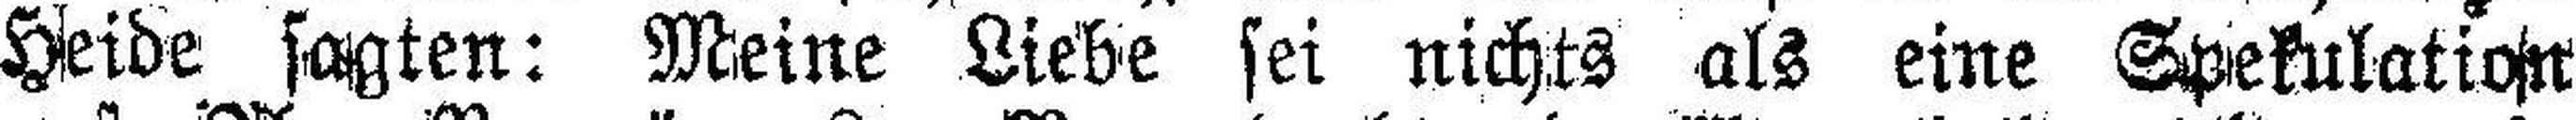
Heide sagten: Meine Liebe sei nichts als eine Spekulation